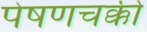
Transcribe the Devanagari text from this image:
पेषणचक्की